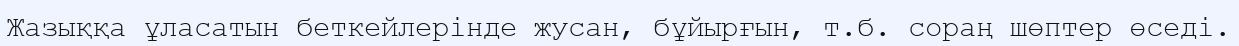
Жазыққа ұласатын беткейлерінде жусан, бұйырғын, т.б. сораң шөптер өседі.